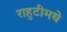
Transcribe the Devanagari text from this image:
राहुटीमधे